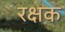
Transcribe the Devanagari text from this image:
रक्षक